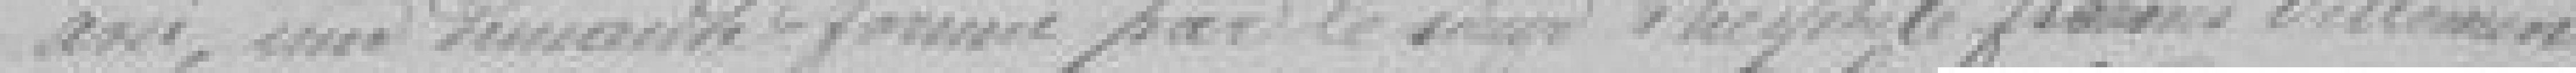
avis, une demande formée par le sieur Théophile François Villemin,